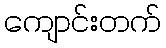
ကျောင်းတက်